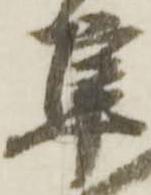
隼